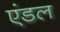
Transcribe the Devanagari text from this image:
एंडल